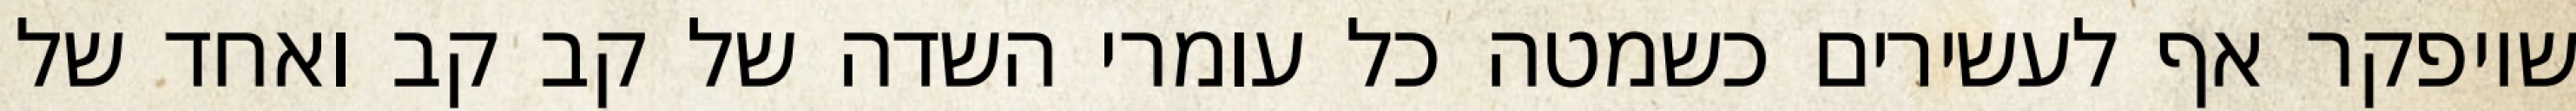
שיופקר אף לעשירים כשמטה כל עומרי השדה של קב קב ואחד של